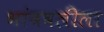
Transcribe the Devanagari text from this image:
भांबवलीला